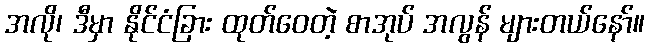
အလို၊ ဒီမှာ နိုင်ငံခြား ထုတ်ဝေတဲ့ စာအုပ် အလွန် များတယ်နော်။